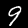
Label: 9